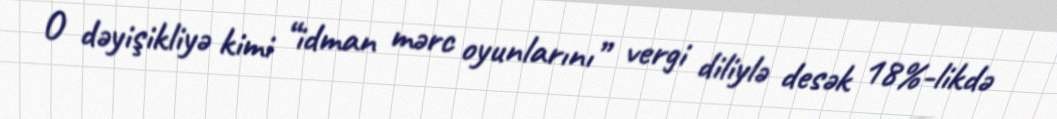
O dəyişikliyə kimi “idman mərc oyunlarını” vergi diliylə desək 18%-likdə